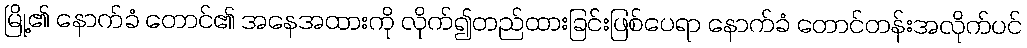
မြို့၏ နောက်ခံ တောင်၏ အနေအထားကို လိုက်၍တည်ထားခြင်းဖြစ်ပေရာ နောက်ခံ တောင်တန်းအလိုက်ပင်